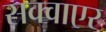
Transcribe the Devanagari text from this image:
सक्वाएर